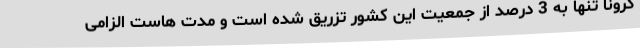
کرونا تنها به 3 درصد از جمعیت این کشور تزریق شده است و مدت هاست الزامی